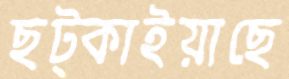
ছট্‌কাইয়াছে